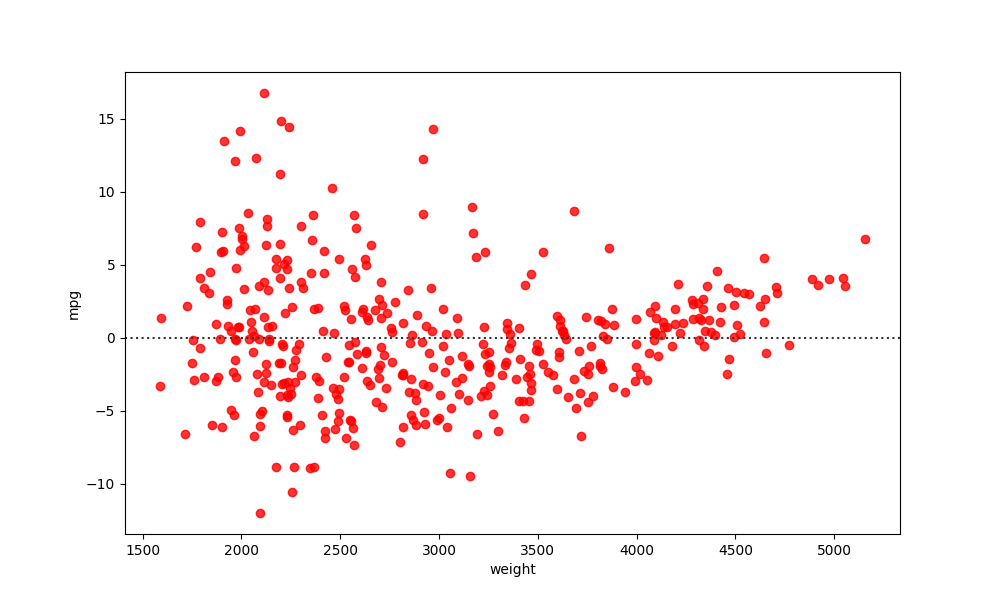
python, seaborn, residplot, lowess=False, scatter_color=red